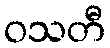
ဝသတီ